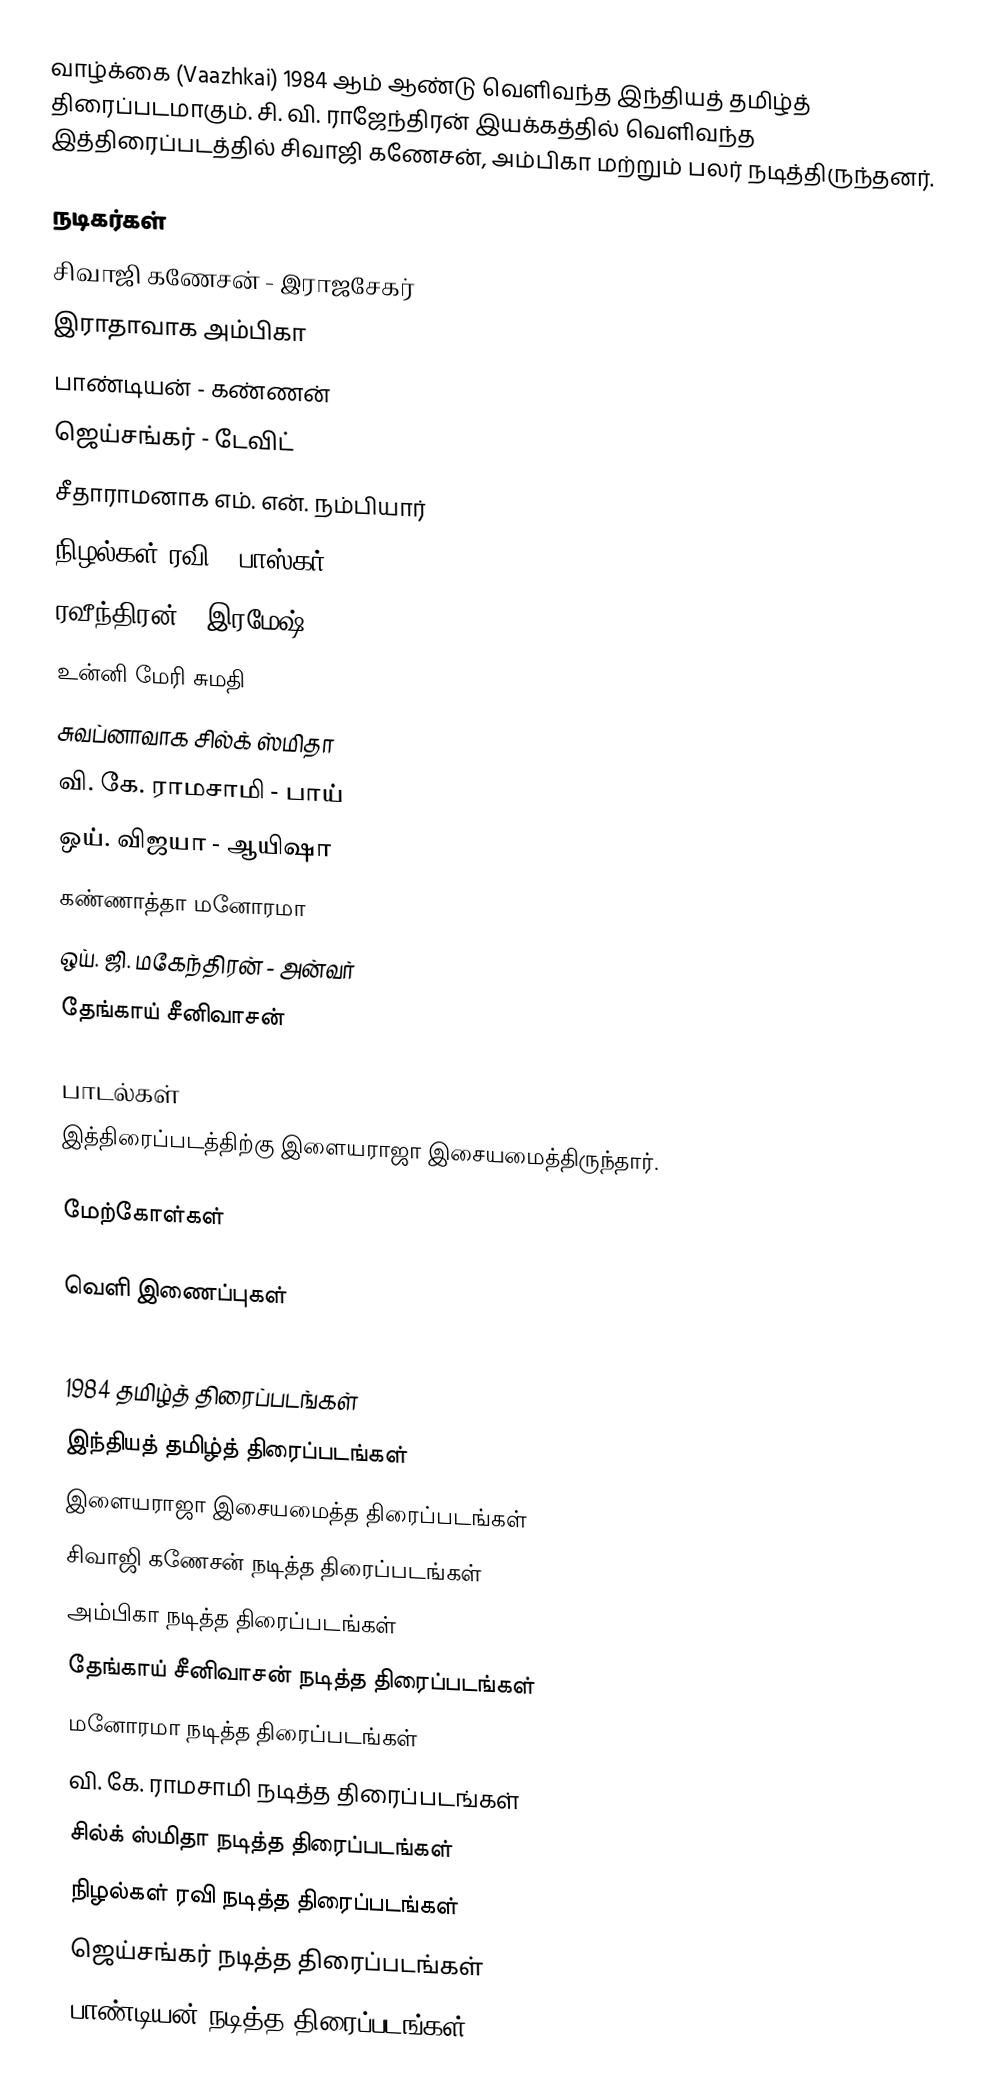
வாழ்க்கை (Vaazhkai) 1984 ஆம் ஆண்டு வெளிவந்த இந்தியத் தமிழ்த் திரைப்படமாகும். சி. வி. ராஜேந்திரன் இயக்கத்தில் வெளிவந்த இத்திரைப்படத்தில் சிவாஜி கணேசன், அம்பிகா மற்றும் பலர் நடித்திருந்தனர்.

நடிகர்கள்
 சிவாஜி கணேசன் - இராஜசேகர்
 இராதாவாக அம்பிகா
 பாண்டியன் - கண்ணன்
 ஜெய்சங்கர் - டேவிட்
 சீதாராமனாக எம். என். நம்பியார்
 நிழல்கள் ரவி - பாஸ்கர்
 ரவீந்திரன் - இரமேஷ்
 உன்னி மேரி சுமதி
 சுவப்னாவாக சில்க் ஸ்மிதா
 வி. கே. ராமசாமி - பாய்
 ஒய். விஜயா - ஆயிஷா
 கண்ணாத்தா மனோரமா
 ஒய். ஜி. மகேந்திரன் - அன்வர்
 தேங்காய் சீனிவாசன்

பாடல்கள்
இத்திரைப்படத்திற்கு இளையராஜா இசையமைத்திருந்தார்.

மேற்கோள்கள்

வெளி இணைப்புகள்

1984 தமிழ்த் திரைப்படங்கள்
இந்தியத் தமிழ்த் திரைப்படங்கள்
இளையராஜா இசையமைத்த திரைப்படங்கள்
சிவாஜி கணேசன் நடித்த திரைப்படங்கள்
அம்பிகா நடித்த திரைப்படங்கள்
தேங்காய் சீனிவாசன் நடித்த திரைப்படங்கள்
மனோரமா நடித்த திரைப்படங்கள்
வி. கே. ராமசாமி நடித்த திரைப்படங்கள்
சில்க் ஸ்மிதா நடித்த திரைப்படங்கள்
நிழல்கள் ரவி நடித்த திரைப்படங்கள்
ஜெய்சங்கர் நடித்த திரைப்படங்கள்
பாண்டியன் நடித்த திரைப்படங்கள்